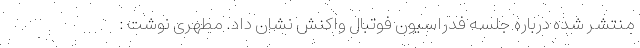
منتشر شده درباره جلسه فدراسیون فوتبال واکنش نشان داد. مطهری نوشت :